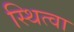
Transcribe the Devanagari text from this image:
स्थित्वा